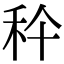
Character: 𥝺